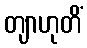
တျာဟုတိံ